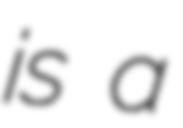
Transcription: is a